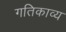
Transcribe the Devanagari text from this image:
गतिकाव्य